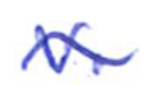
Text: v.
Cross-out: wave
Writing tool: ballpoint